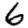
Digit: 6